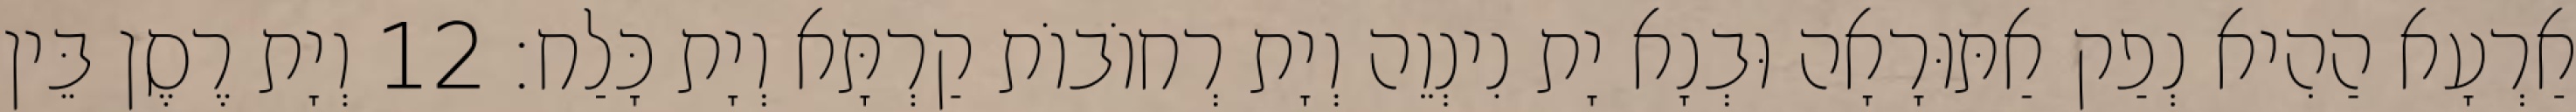
אַרְעָא הַהִיא נְפַק אַתּוּרָאָה וּבְנָא יָת נִינְוֵה וְיָת רְחוֹבוֹת קַרְתָּא וְיָת כָּלַח׃ 12 וְיָת רֶסֶן בֵּין